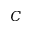
C